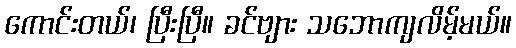
ကောင်းတယ်၊ ပြီးပြီ။ ခင်ဗျား သဘောကျလိမ့်မယ်။